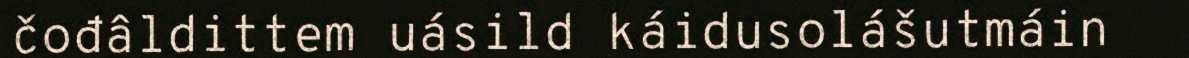
čođâldittem uásild káidusolášutmáin